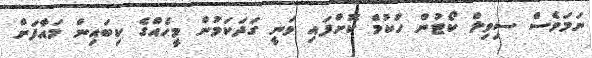
ނަމަވެސް ސިވިލް ކޯޓުން ހުކުމް ކޮށްފައި ވަނީ ގަދަކަމުން މީހެއްގެ ކިބައިން މައާފަށް